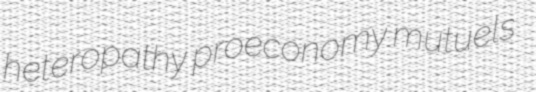
heteropathy proeconomy mutuels